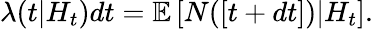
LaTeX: \lambda(t|H_{t})dt=\mathbb{E}\left[N([t+dt])|H_{t}\right].